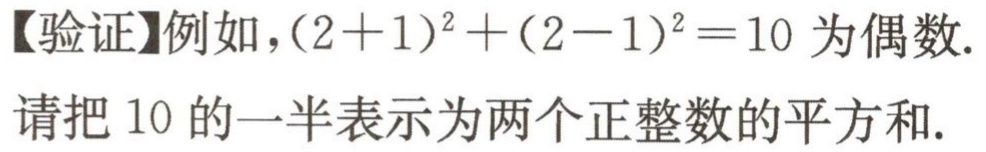
【验证】例如，\((2 + 1)^2 + (2 - 1)^2 = 10\) 为偶数.
请把 \(10\) 的一半表示为两个正整数的平方和.